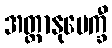
အတ္တာနုပေက္ခီ